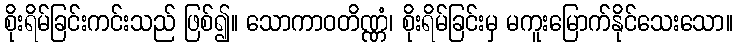
စိုးရိမ်ခြင်းကင်းသည် ဖြစ်၍။ သောကာဝတိဏ္ဏံ၊ စိုးရိမ်ခြင်းမှ မကူးမြောက်နိုင်သေးသော။